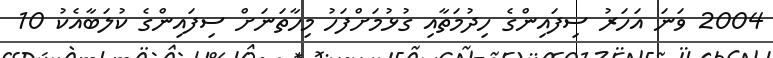
2004 ވަނަ އަހަރު ސިފައިންގެ ހިދުމަތާއި ގުޅުމަށްފަހު މިހާތަނަށް ސިފައިންގެ ކުލަބާއެކު 10